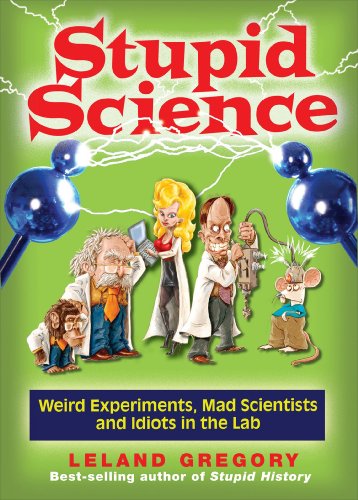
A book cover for Stupid Science: Weird Experiments, Mad Scientists, and Idiots in the Lab; Leland Gregory; Humor & Entertainment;